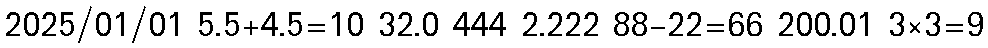
2025/01/01 5.5+4.5=10 32.0 444 2.222 88-22=66 200.01 3×3=9